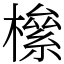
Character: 𣚎